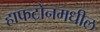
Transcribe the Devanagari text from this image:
हाफटोनमधील